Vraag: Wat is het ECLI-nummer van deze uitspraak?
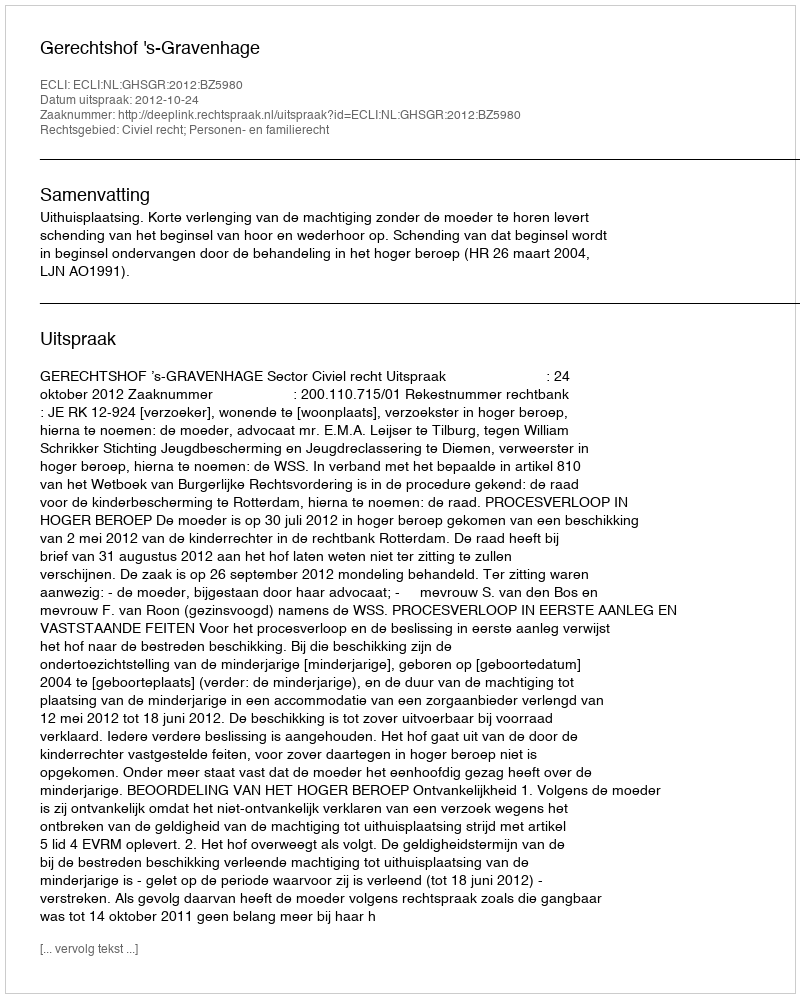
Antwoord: ECLI:NL:GHSGR:2012:BZ5980